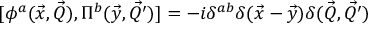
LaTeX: { [ \phi ^ { a } ( \vec { x } , \vec { Q } ) , \Pi ^ { b } ( \vec { y } , \vec { Q ^ { \prime } } ) ] } = - i \delta ^ { a b } \delta ( \vec { x } - \vec { y } ) \delta ( \vec { Q } , \vec { Q ^ { \prime } } )